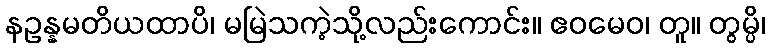
နဥန္နမတိယထာပိ၊ မမြဲသကဲ့သို့လည်းကောင်း။ ဧဝမေဝ၊ တူ။ တွမ္ပိ၊